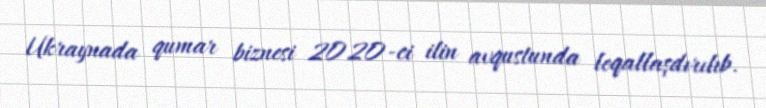
Ukraynada qumar biznesi 2020-ci ilin avqustunda leqallaşdırılıb.